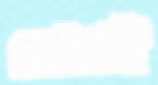
মোনাই